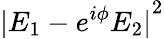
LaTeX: {|E_{1}-e^{i\phi}E_{2}|}^{2}